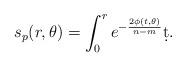
LaTeX: \begin{align*}s_p(r,\theta)=\int_0^re^{-\frac{2\phi(t,\theta)}{n-m}}\d t.\end{align*}